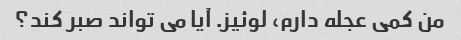
من کمی عجله دارم، لوئیز. آیا می تواند صبر کند؟